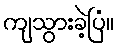
ကျသွားခဲ့ပြံ။